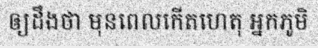
ឲ្យដឹងថា មុនពេលកើតហេតុ អ្នកភូមិ